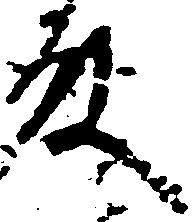
殿